Indian journal of veterinary science and animal husbandry - Volume 2,
Year: 1932
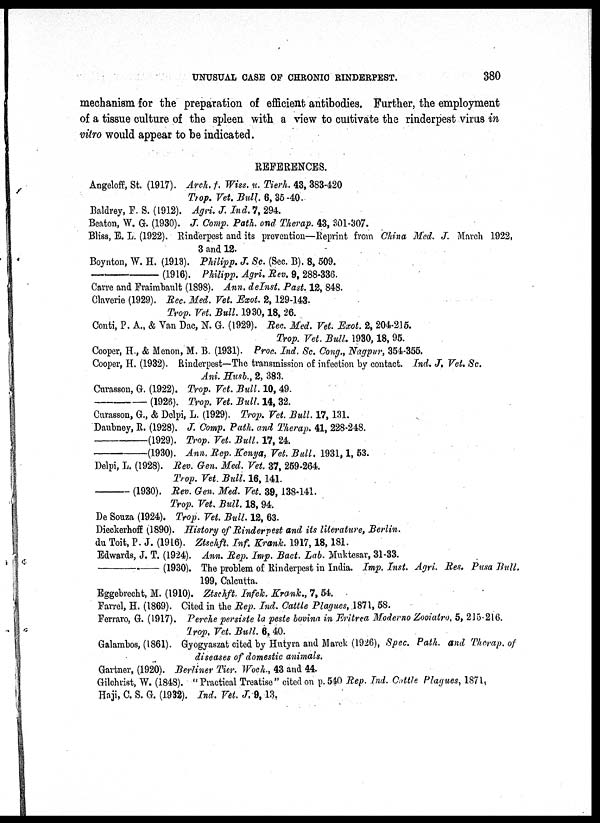
UNUSUAL CASE OF
CHRONIC
RINDERPEST.
380
mechanism for the preparation of efficient antibodies. Further, the employment
of a tissue culture of the spleen with a view to cultivate the rinderpest virus in
vitro would appear to be indicated.
REFERENCES.
Angeloff, St. (1917). Arch. †. Wiss. u. Tierh. 43, 383-420
Trop. Vet. Bull. 6, 35-40.
Baldrey, F. S. (1912). Agri. J. Ind. 7, 294.
Beaton, W. G. (1930). J. Comp. Path. and Therap. 43, 301-307.
Bliss, E. L. (1922). Rinderpest and its prevention—Reprint from China Med. J. March 1922,
3 and 12.
Boynton, W. H. (1913). Philipp. J. Sc. (Sec. B). 8, 509.
—
(1916). Philipp. Agri. Rev. 9, 288-336.
Carre and Fraimbault (1898). Ann. deInst. Past. 12, 848.
Claverie (1929). Rec. Med. Vet. Exot. 2, 129-143.
Trop. Vet. Bull. 1930,18, 26.
Conti, P. A., & Van Dac, N. G. (1929). Rec. Med. Vet. Exot. 2, 204-215.
Trop. Vet. Bull. 1930,18, 95.
Cooper, H., & Menon, M. B. (1931). Proc. Ind. Sc. Cong., Nagpur, 354-355.
Cooper, H. (1932). Rinderpest—The transmission of infection by contact. Ind. J. Vet. Sc.
Ani. Husb., 2, 383.
Curasson, G. (1922). Trop. Vet. Bull. 10,49.
—
(1926). Trop. Vet. Bull. 14, 32.
Curasson, G., & Delpi, L. (1929). Trop. Vet. Bull. 17,131.
Daubney, R. (1928). J. Comp. Path. and Therap. 41, 228-248.
—(1929).
Trop. Vet. Bull. 17, 24.
—(1930).
Ann. Rep. Kenya, Vet. Bull. 1931,1, 53.
Delpi, L. (1928). Rev. Gen. Med. Vet. 37, 259-264.
Trop. Vet. Bull. 16,141.
—(1930).
Rev.
Gen. Med. Vet. 39, 138-141.
Trop. Vet. Bull. 18,94.
De Souza (1924). Trop. Vet. Bull. 12, 63.
Dieckerhoff (1890). History of Rinderpest and its literature, Berlin.
du Toit, P. J. (1916). Ztschft. Inf. Krank. 1917,18,181.
Edwards, J. T. (1924). Ann. Rep. Imp. Bact. Lab. Muktesar, 31-33.
—(1930).
The problem of Rinderpest in India. Imp. Inst. Agri. Res. Pusa Bull.
199, Calcutta.
Eggebrecht, M. (1910). Ztschft, Infek. Krank., 7, 54.
Farrel, H. (1869). Cited in the Rep. Ind. Cattle Plagues, 1871, 58.
Ferraro, G. (1917). Perche persiste la peste bovina in Eritrea Moderno Zooiatro, 5, 215-216.
Trop. Vet. Bull. 6,40.
Galambos,(1861). Gyogyaszat cited by Hutyra and Marek (1926), Spec. Path. and Therap. of
diseases of domestic animals.
Gartner, (1920). Berliner Tier. Woch., 43 and 44.
Gilchrist, W. (1848). " Practical Treatise" cited on p. 540 Rep. Ind. Cattle Plagues, 1871,
Haji, C. S. G. (1932). Ind. Vet. J. 9,13.